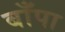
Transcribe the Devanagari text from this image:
बाँपा